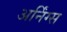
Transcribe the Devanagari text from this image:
अर्निंग्स